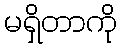
မရှိတာကို